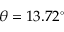
\theta = 1 3 . 7 2 ^ { \circ }